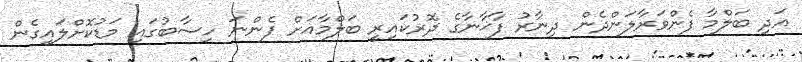
އަދި ބަލްމާ ފެންވަރާލަންދެން ދިނާރު ފާޚާނާގެ ދޮރުކައިރީ ބަލްމާއަށް ފެންނަ ހިސާބުގައި މަޑުކޮށްލައިގެން